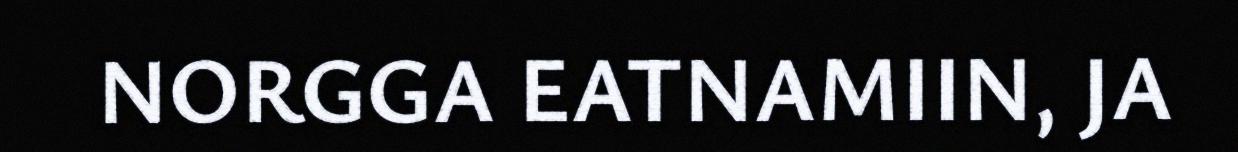
NORGGA EATNAMIIN, JA